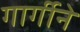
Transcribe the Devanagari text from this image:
गार्गीने